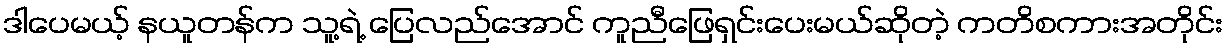
ဒါပေမယ့် နယူတန်က သူ့ရဲ့ ပြေလည်အောင် ကူညီဖြေရှင်းပေးမယ်ဆိုတဲ့ ကတိစကားအတိုင်း